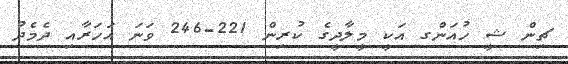
ޗިން ޝީ ހުއަންގ އަކީ މީލާދީގެ ކުރިން 221-246 ވަނަ އަހަރާއި ދެމެދު